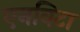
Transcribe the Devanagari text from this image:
एनविटा